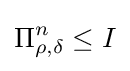
\Pi _{\rho ,\delta }^{n}\leq I